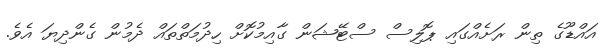
އައްޑޫގެ ތިން ރަށެއްގައި ޕޮލިސް ސްޓޭޝަން ގާއިމުކޮށް ހިދުމަތްތައް ދެމުން ގެންދިޔަ އެވެ.